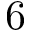
6